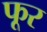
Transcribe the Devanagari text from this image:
फूर